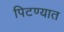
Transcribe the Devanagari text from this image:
पिटण्यात